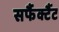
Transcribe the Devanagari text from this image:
सर्फैक्टैंट